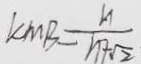
k M B = \frac { n } { n + \sqrt { 2 } }